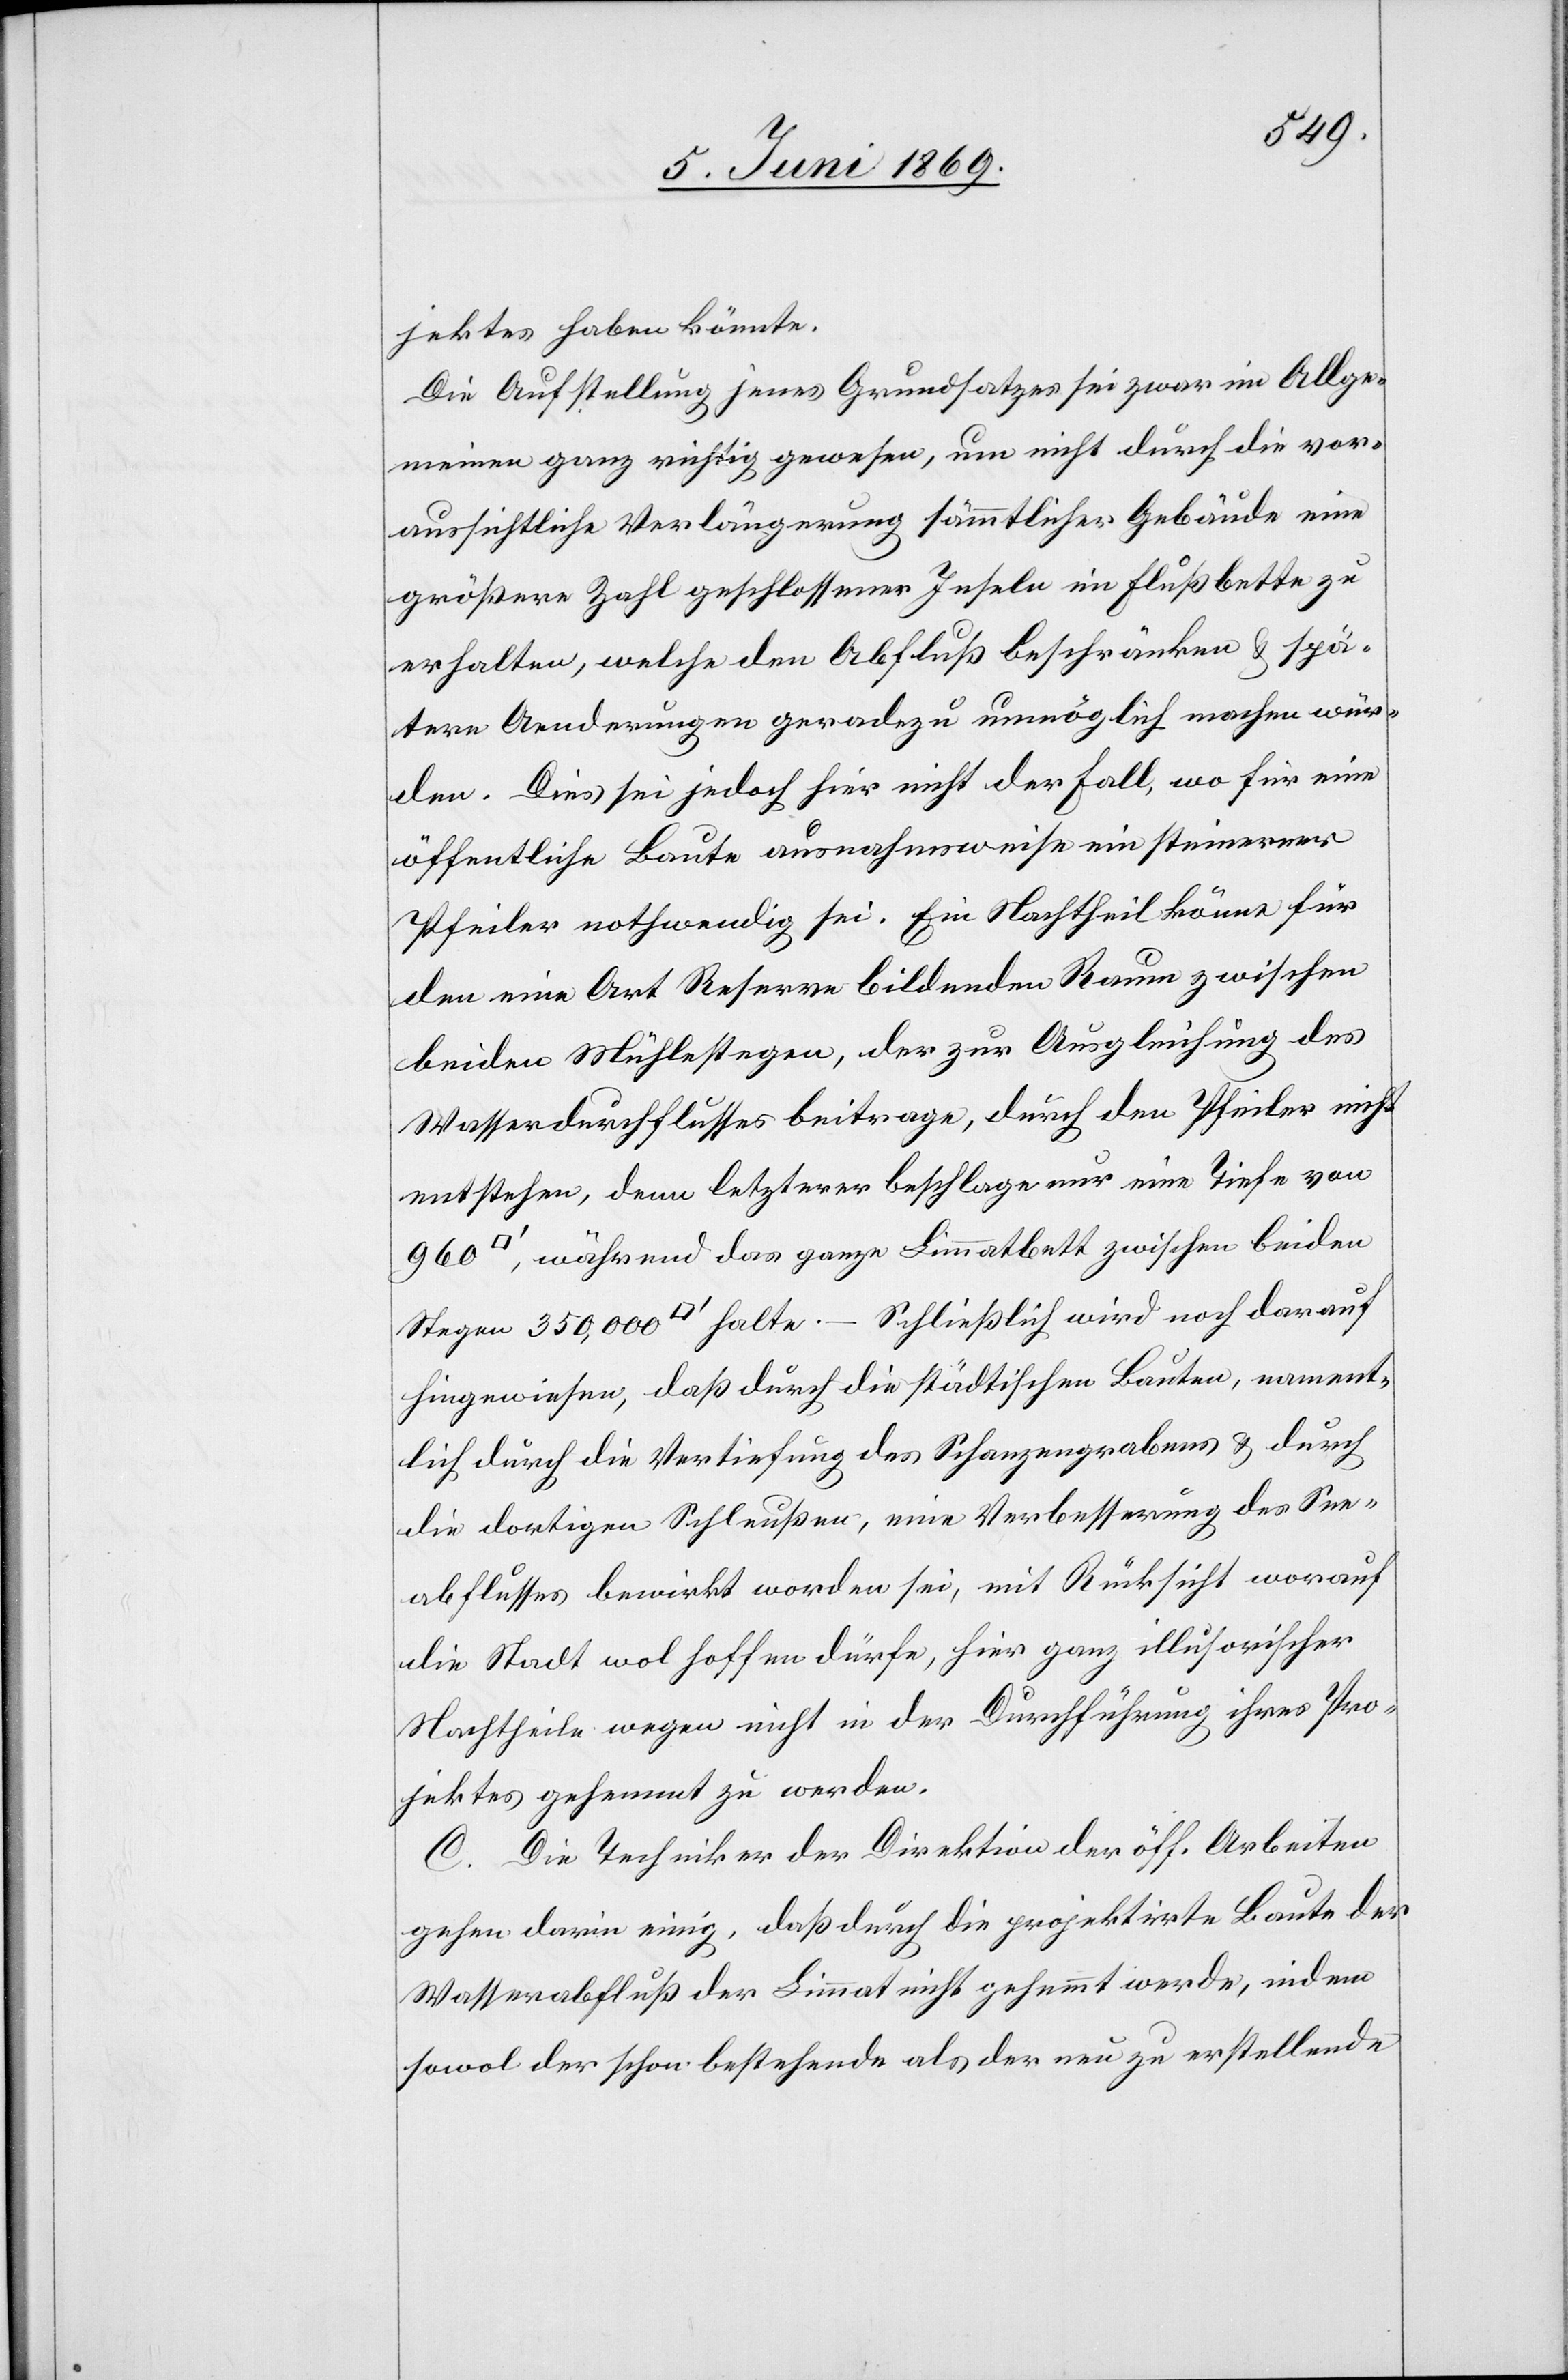
jektes haben könnte.
Die Aufstellung jenes Grundsatzes sei zwar im Allge¬
meinen ganz richtig gewesen, um nicht durch die vor¬
aussichtliche Verlängerung sämmtilcher Gebäude eine
größere Zahl geschlossener Inseln im Flußbette zu
erhalten, welche den Abfluß beschränken u. spä¬
tere Aenderungen geradezu unmöglich machen wür¬
den. Dies sei jedoch hier nicht der Fall, wo für eine
öffentliche Baute ausnahmsweise ein steinerner
Pfeiler nothwendig sei. Ein Nachtheil könne für
den eine Art Reserve bildenden Raum zwischen
beiden Mühlestegen, der zur Ausgleichung des
Wasserdurchflußes beitrage, durch den Pfeiler nicht
entstehen, denn letzterer beschlage nur eine Tiefe von
während das ganze Limmatbett zwischen beiden
Stegen 350,000 [Quadratfuß] halte. – Schließlich wird noch darauf
hingewiesen, daß durch die städtischen Bauten, nament¬
lich durch die Vertiefung des Schanzengrabens u. durch
die dortigen Schleußen, eine Verbesserung des See¬
abflusses bewirkt worden sei, mit Rücksicht worauf
die Stadt wol hoffen dürfe, hier ganz illusorischer
Nachtheile wegen nicht in der Durchführung ihres Pro¬
jektes gehemmt zu werden.
C. Die Techniker der Direktion der öff. Arbeiten
gehen darin einig, daß durch die projektirte Baute der
Wasserabfluß der Limmat nicht gehemmt werde, indem
sowol der schon bestehende als der neu zu erstellende